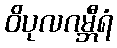
ဝိပုလဂမ္ဘီရံ